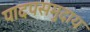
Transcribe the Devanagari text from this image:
पादपसमुदाय